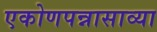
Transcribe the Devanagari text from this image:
एकोणपन्नासाव्या